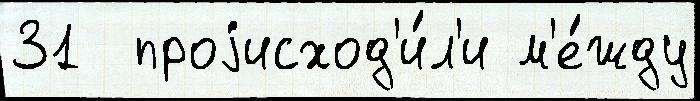
31  проjисход'и́л'и м'е́жду